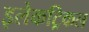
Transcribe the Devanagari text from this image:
इलेकट्रिकल